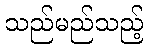
သည်မည်သည့်